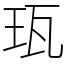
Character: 珁